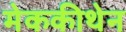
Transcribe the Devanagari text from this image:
मेककीथेन